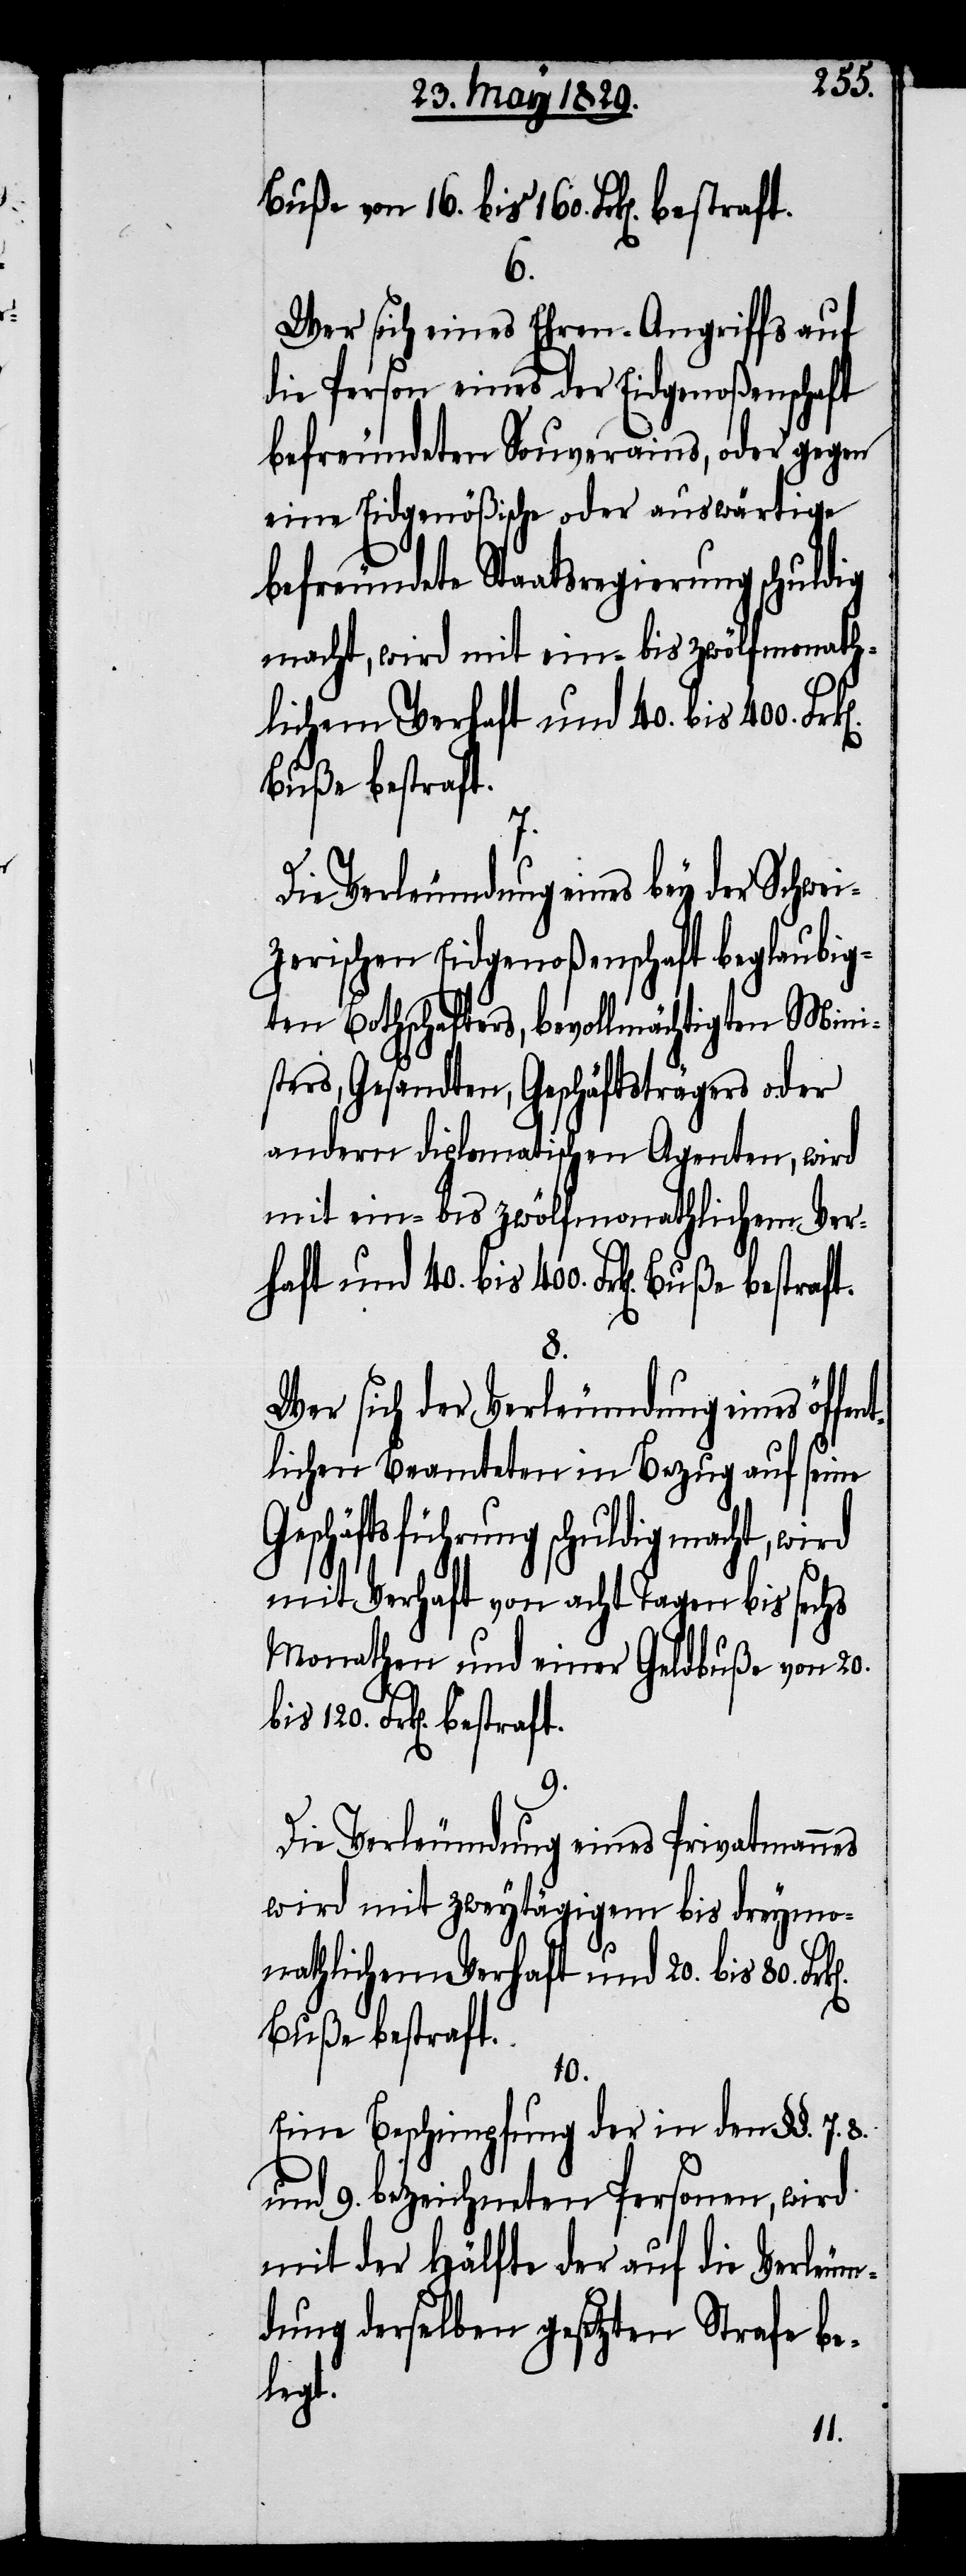
Buße von 16. bis 160. Frk[en].
6.
Wer sich eines Ehre-Angriffs auf
die Person eines der Eidgenoßenschaft
befreundeten Souverains, oder gegen
eine Eidgenößische oder auswärtige
befreundete Staatsregierung schuldig
macht, wird mit ein- bis zwölfmonath¬
lichem Verhaft und 40. bis 400. Fr¬
Buße bestraft.
7.
Die Verleumdung eines bey der Schwei¬
zerischen Eidgenoßenschaft beglaubig¬
ten Bothschafters, bevollmächtigten Mini¬
sters, Gesandten, Geschäftsträger oder
andern diplomatischen Agenten, wird
mit ein- bis zwölfmonathlichem Ver¬
haft und 40. bis 400. Frk[en].
8.
Wer sich der Verleumdung eines öffe¬
ntlichen Beamteten in Bezug auf seine
Geschäftsführung schuldig
mit Verhaft von acht Tagen bis sechs
Monathen und einer Geldbuße von 20.
80. Frk[en]. bestraft.
9.
Die Verleumdung eines Privatmannes
wird mit zweytägigem bis dreymo¬
nathlichem Verhaft und 20. bis 80.
Buße bestraft.
10.
Eine Beschimpfung der in den §§. 7. 8.
und 9. bezeichneten Personen, wird
mit der Hälfte der auf die Verleum¬
dung derselben gesetzten Strafe be¬
legt.